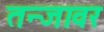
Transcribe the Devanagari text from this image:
तन्जावर